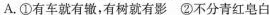
A.①有车就有辙，有树就有影 ②不分青红皂白